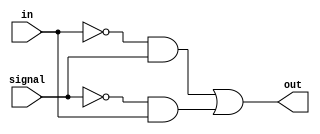
`timescale 1ns / 1ps
//////////////////////////////////////////////////////////////////////////////////
// Company: 
// Engineer: 
// 
// Design Name: 
// Module Name:    invert 
// Project Name: 
// Target Devices: 
// Tool versions: 
// Description: 
//
// Dependencies: 
//
// Revision: 
// Revision 0.01 - File Created
// Additional Comments: 
//
//////////////////////////////////////////////////////////////////////////////////
module invert(
	input in, 
	input signal,
	output out
);
	wire w1, w2, w3, w4;
	
	not(w1, in);
	not(w2, signal);
	and(w3, w1, signal);
	and(w4, w2, in);
	or(out, w3, w4);
endmodule